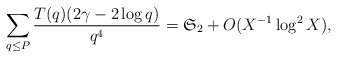
\begin{align*}\sum_{q\le P}\frac{T(q)(2\gamma-2\log q)}{q^4}= \mathfrak{S}_2 +O(X^{-1}\log^2X),\end{align*}